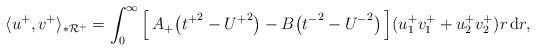
LaTeX: \begin{align*}\langle u^+,v^+\rangle_{*\mathcal R^+}=\int_0^\infty \Big[\,A_+\big({t^+}^2-{U^+}^2\big)-B\big({t^-}^2-{U^-}^2\big)\,\Big](u^+_1v^+_1+u^+_2v^+_2)r\,{\mathrm d}r,\end{align*}